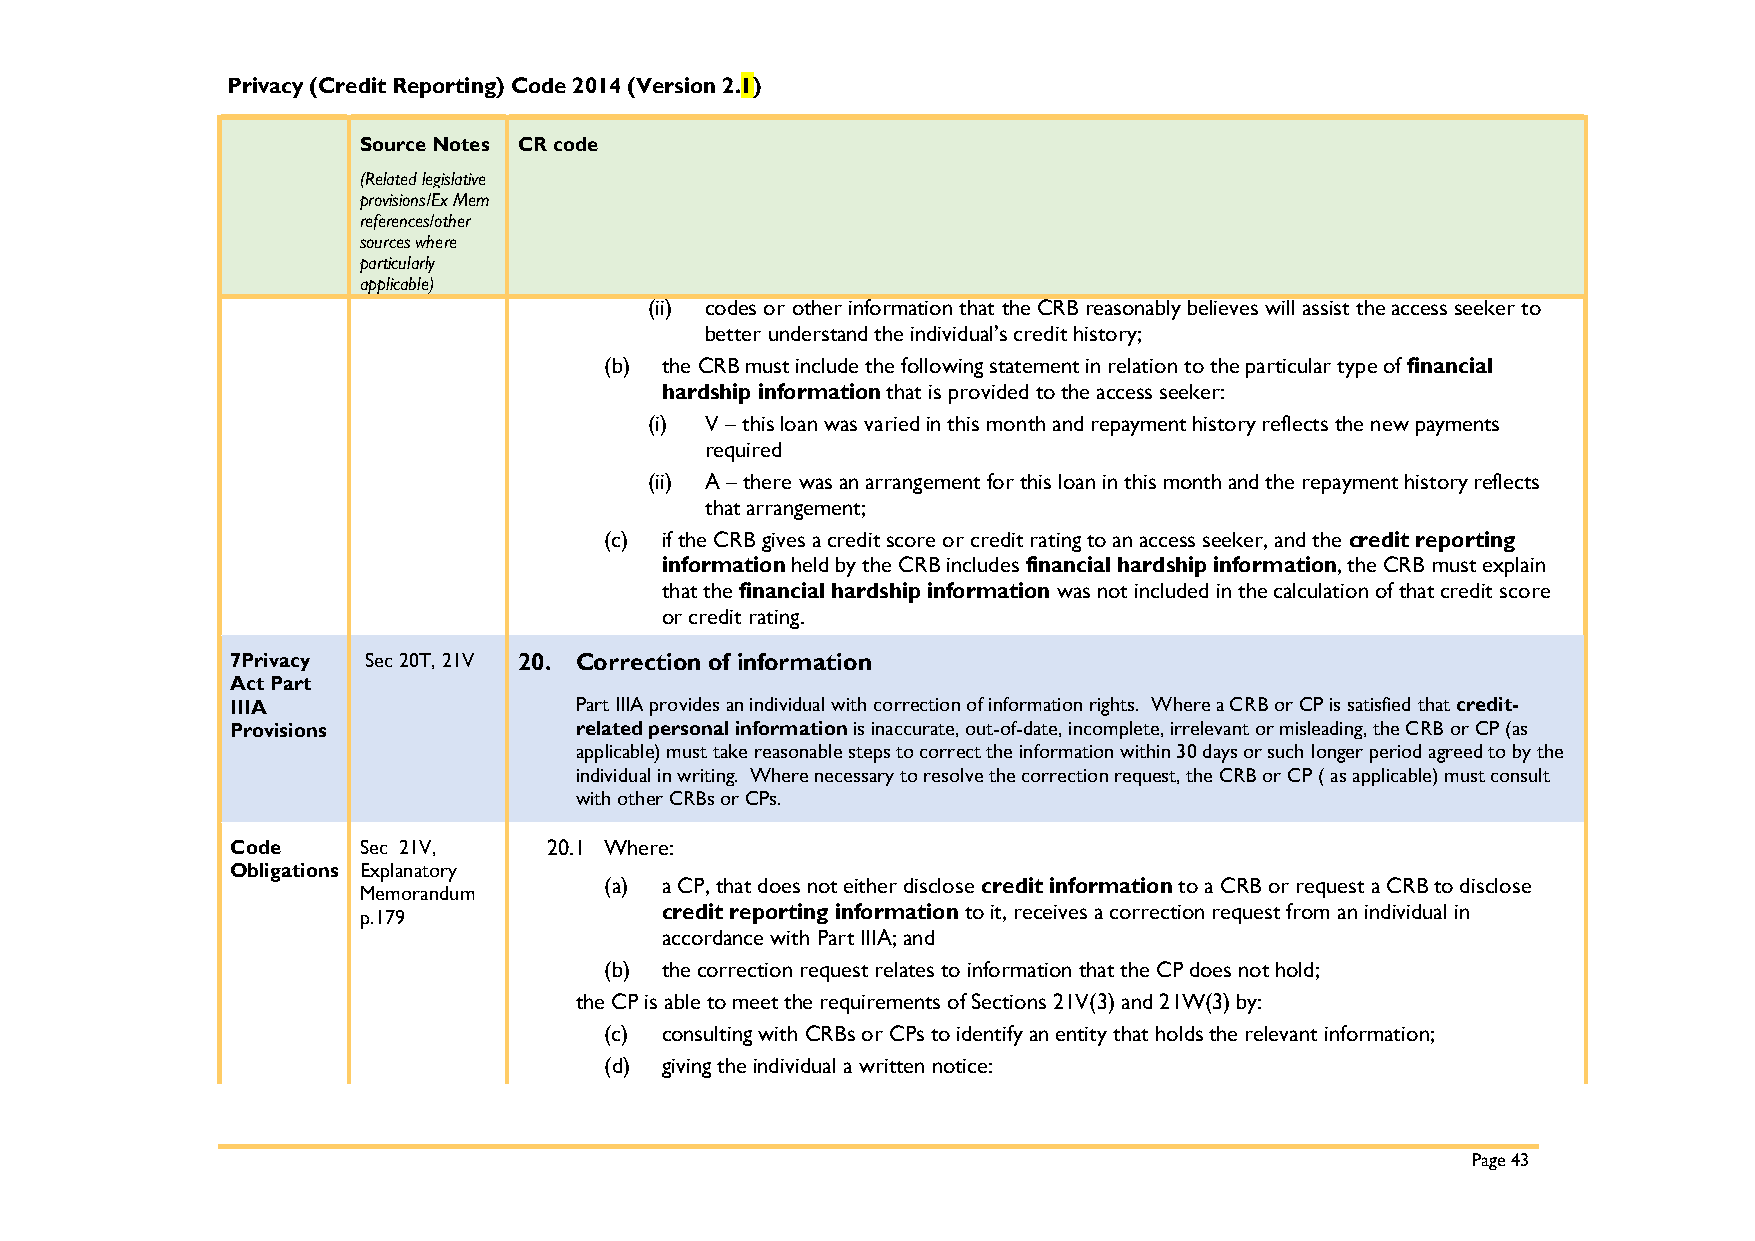
Privacy (Credit Reporting) Code 2014 (Version 2.1)
 Source Notes CR code
 (Related legislative
 provisions/Ex Mem
 references/other
 sources where
 particularly
 applicable)
 (ii) codes or other information that the CRB reasonably believes will assist the access seeker to
 better understand the individual’s credit history;
 (b) the CRB must include the following statement in relation to the particular type of financial
 hardship information that is provided to the access seeker:
 (i) V – this loan was varied in this month and repayment history reflects the new payments
 required
 (ii) A – there was an arrangement for this loan in this month and the repayment history reflects
 that arrangement;
 (c) if the CRB gives a credit score or credit rating to an access seeker, and the credit reporting
 information held by the CRB includes financial hardship information, the CRB must explain
 that the financial hardship information was not included in the calculation of that credit score
 or credit rating.
 7Privacy Sec 20T, 21V 20. Correction of information
 Act Part
 IIIA                   Part IIIA provides an individual with correction of information rights. Where a CRB or CP is satisfied that credit-
 Provisions             related personal information is inaccurate, out-of-date, incomplete, irrelevant or misleading, the CRB or CP (as
 applicable) must take reasonable steps to correct the information within 30 days or such longer period agreed to by the
 individual in writing. Where necessary to resolve the correction request, the CRB or CP ( as applicable) must consult
 with other CRBs or CPs.
 Code     Sec 21V,    20.1 Where:
 Obligations Explanatory
 (a) a CP, that does not either disclose credit information to a CRB or request a CRB to disclose
 Memorandum
 credit reporting information to it, receives a correction request from an individual in
 p.179
 accordance with Part IIIA; and
 (b) the correction request relates to information that the CP does not hold;
 the CP is able to meet the requirements of Sections 21V(3) and 21W(3) by:
 (c) consulting with CRBs or CPs to identify an entity that holds the relevant information;
 (d) giving the individual a written notice:
 Page 43